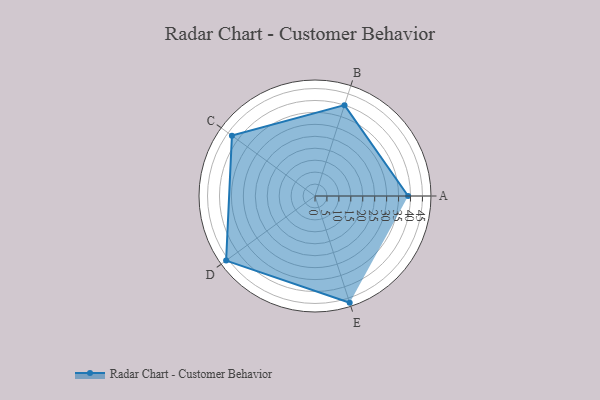
{"axis": {"x": "Skill", "y": "Score"}, "legend": ["Profile"], "data": [{"x": "A", "y": 39.0, "type": "Profile"}, {"x": "B", "y": 40.0, "type": "Profile"}, {"x": "C", "y": 43.0, "type": "Profile"}, {"x": "D", "y": 46.0, "type": "Profile"}, {"x": "E", "y": 47.0, "type": "Profile"}]}